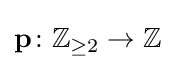
\mathbf {p} \colon \mathbb {Z} _{\geq 2}\to \mathbb {Z}